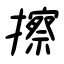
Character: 擦